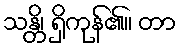
သန္တိ၊ ရှိကုန်၏။ တာ